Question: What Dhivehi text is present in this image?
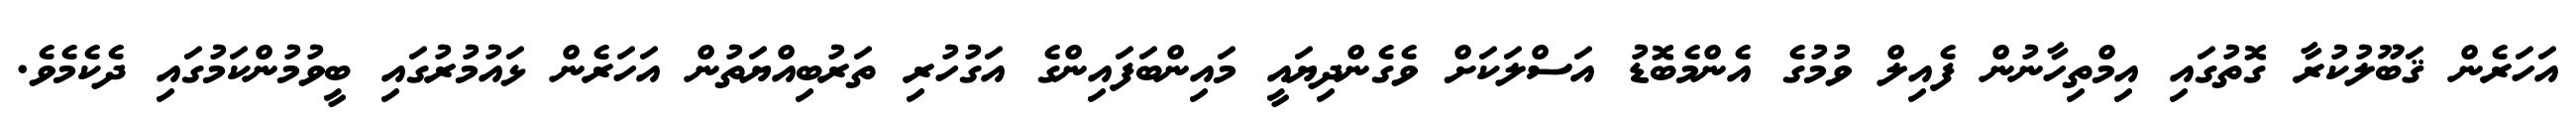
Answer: އަހަރެން ޤަބޫލުކުރާ ގޮތުގައި އިމްތިހާނުން ފެއިލް ވުމުގެ އެންމެބޮޑު އަސްލަކަށް ވެގެންދިޔައީ މައިންބަފައިންގެ އަގުހުރި ތަރުބިއްޔަތުން އަހަރެން ޅައުމުރުގައި ބީވުމުންކަމުގައި ދެކެމެވެ.